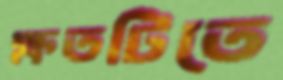
ক্ষতটিতে